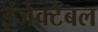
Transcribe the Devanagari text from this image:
इंजेक्टेबल